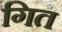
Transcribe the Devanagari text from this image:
गित